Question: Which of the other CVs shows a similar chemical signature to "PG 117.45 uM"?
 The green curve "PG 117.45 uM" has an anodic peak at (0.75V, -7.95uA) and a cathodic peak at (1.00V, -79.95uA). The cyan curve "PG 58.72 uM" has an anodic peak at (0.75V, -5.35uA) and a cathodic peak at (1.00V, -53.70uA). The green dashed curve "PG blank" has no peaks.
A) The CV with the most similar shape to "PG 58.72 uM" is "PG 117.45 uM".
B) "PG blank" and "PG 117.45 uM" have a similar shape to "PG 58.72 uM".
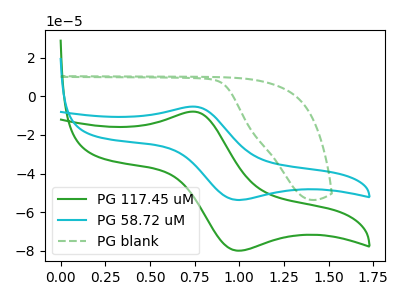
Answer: <think>All the peaks in "PG 117.45 uM" have a peak in "PG 58.72 uM" at the same potential. "PG 117.45 uM" and "PG blank" have a different number of peaks. "PG 58.72 uM" and "PG blank" have a different number of peaks.
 </think>
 <answer>A) The CV with the most similar shape to "PG 58.72 uM" is "PG 117.45 uM".</answer>
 <eval>A</eval>